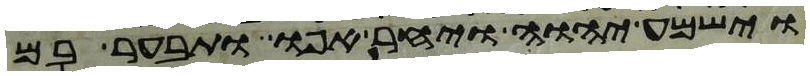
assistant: וישמע יהוה ויחר אפו ותבער בם